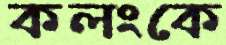
কলংকে